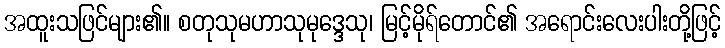
အထူးသဖြင်များ၏။ စတုသုမဟာသုမုဒ္ဒေသု၊ မြင့်မိုရ်တောင်၏ အရောင်းလေးပါးတို့ဖြင့်